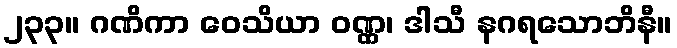
၂၃၃။ ဂဏိကာ ဝေသိယာ ဝဏ္ဏ၊ ဒါသီ နဂရသောဘိနီ။